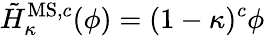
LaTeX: \tilde{H}_{\kappa}^{\mathrm{MS,}c}(\phi)=(1-\kappa)^{c}\phi